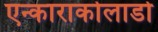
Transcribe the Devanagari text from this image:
एन्काराकोलाडो